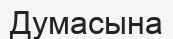
Думасына